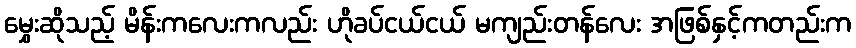
မွှေးဆိုသည့် မိန်းကလေးကလည်း ဟိုခပ်ငယ်ငယ် မကျည်းတန်လေး အဖြစ်နှင့်ကတည်းက